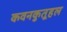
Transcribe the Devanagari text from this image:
कवनकुतूहल